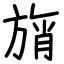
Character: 旓